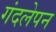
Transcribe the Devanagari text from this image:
गंदलेपन